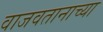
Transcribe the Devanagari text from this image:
वाजवतानाच्या